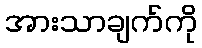
အားသာချက်ကို